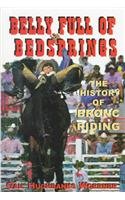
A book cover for Belly Full of Bedsprings; Gail Hughbanks Woerner; Sports & Outdoors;